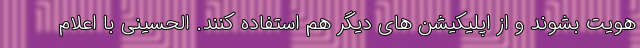
هویت بشوند و از اپلیکیشن های دیگر هم استفاده کنند. الحسینی با اعلام